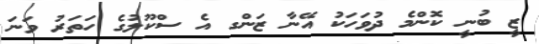
ޒީ ބުނީ ކޮންމެ ދުވަހަކު އޭނާ ޒަންގ އެ ސްކޫލުގެ ހަތަރު ވަނަ